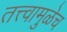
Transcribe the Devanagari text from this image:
तत्त्वामुळेच